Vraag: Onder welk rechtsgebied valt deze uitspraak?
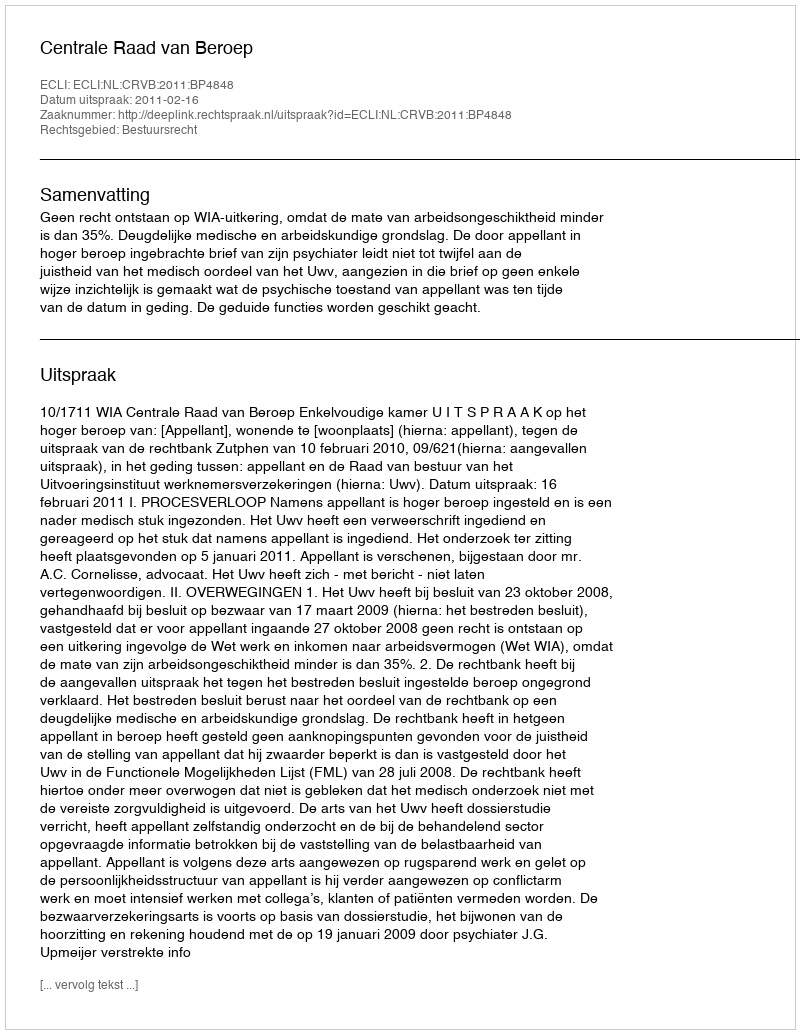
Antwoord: Bestuursrecht